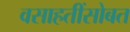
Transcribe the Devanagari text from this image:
वसाहतींसोबत